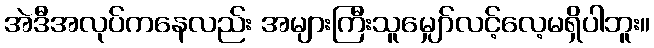
အဲဒီအလုပ်ကနေလည်း အများကြီးသူမျှော်လင့်လေ့မရှိပါဘူး။